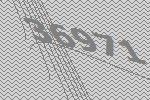
36971